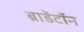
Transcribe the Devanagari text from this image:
ब्राडेंटॉन